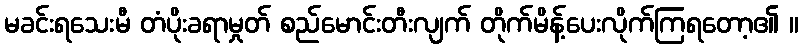
မခင်းရသေးမီ တံပိုးခရာမှုတ် စည်မောင်းတီးလျက် တိုက်မိန့်ပေးလိုက်ကြရတော့၏ ။